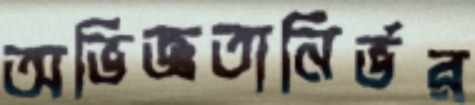
অভিজ্ঞতানির্ভর